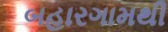
બહારગામથી